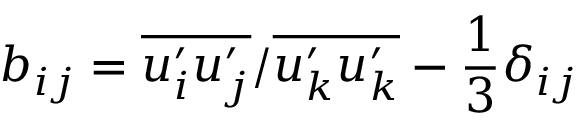
b _ { i j } = \overline { { u _ { i } ^ { \prime } u _ { j } ^ { \prime } } } / \overline { { u _ { k } ^ { \prime } u _ { k } ^ { \prime } } } - \frac { 1 } { 3 } \delta _ { i j }